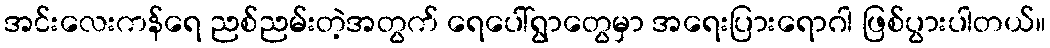
အင်းလေးကန်ရေ ညစ်ညမ်းတဲ့အတွက် ရေပေါ်ရွာတွေမှာ အရေးပြားရောဂါ ဖြစ်ပွားပါတယ်။